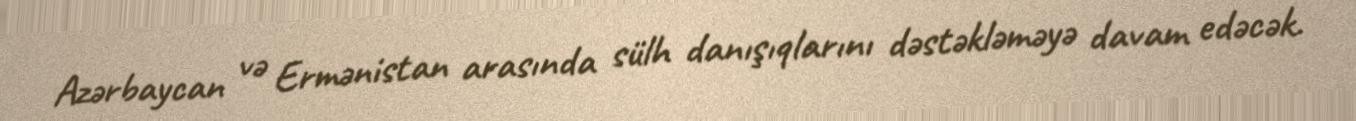
Azərbaycan və Ermənistan arasında sülh danışıqlarını dəstəkləməyə davam edəcək.